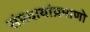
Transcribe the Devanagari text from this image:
संप्रदायांप्रमाणो